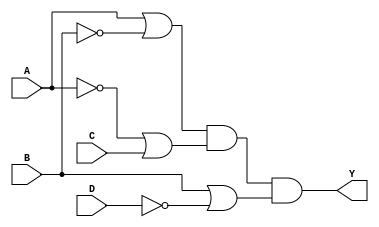
module pos_logic_block (
    input wire A,
    input wire B,
    input wire C,
    input wire D,
    output wire Y
);

// Intermediate wires for the sum terms
wire term1; // (A + B')
wire term2; // (A' + C)
wire term3; // (B + D')

// Create the sum terms
assign term1 = A | ~B;  // (A + B')
assign term2 = ~A | C;  // (A' + C)
assign term3 = B | ~D;  // (B + D')

// Combine the sum terms using AND operation
assign Y = term1 & term2 & term3; // Y = (A + B')(A' + C)(B + D')

endmodule